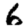
Digit: 6